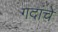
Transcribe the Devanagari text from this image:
गदांचे